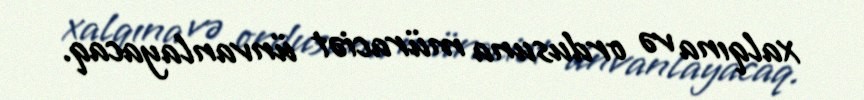
xalqına və ordusuna müraciət ünvanlayacaq.